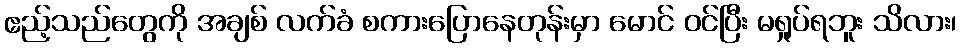
ဧည့်သည်တွေကို အချစ် လက်ခံ စကားပြောနေတုန်းမှာ မောင် ဝင်ပြီး မရှုပ်ရဘူး သိလား၊